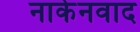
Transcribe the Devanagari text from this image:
नाकेनवाद